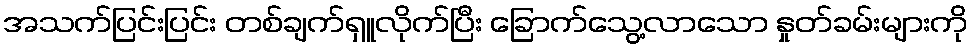
အသက်ပြင်းပြင်း တစ်ချက်ရှူလိုက်ပြီး ခြောက်သွေ့လာသော နှုတ်ခမ်းများကို